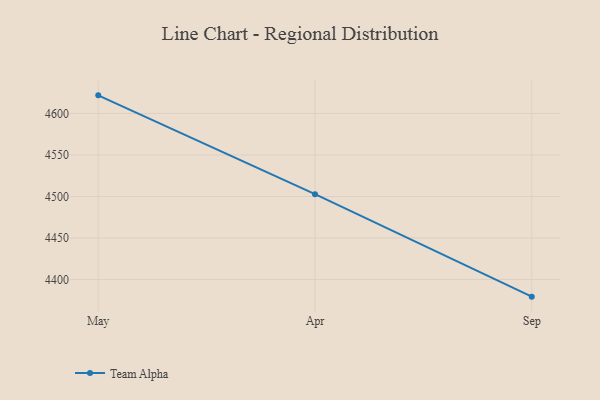
{"axis": {"x": "Month", "y": "Bounce Rate (%)"}, "legend": ["Team Alpha"], "data": [{"x": "May", "y": 4621.8, "type": "Team Alpha"}, {"x": "Apr", "y": 4502.8, "type": "Team Alpha"}, {"x": "Sep", "y": 4379.3, "type": "Team Alpha"}]}